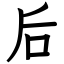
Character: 后